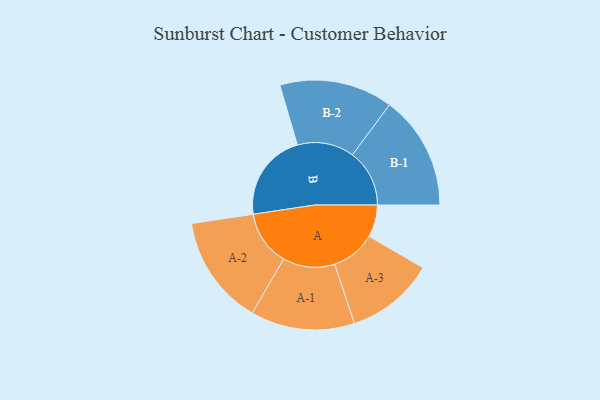
{"axis": {"x": "Segment", "y": "Value"}, "legend": ["", "A", "B"], "data": [{"x": "A", "y": 162, "type": ""}, {"x": "B", "y": 442, "type": ""}, {"x": "A-1", "y": 261, "type": "A"}, {"x": "A-2", "y": 276, "type": "A"}, {"x": "A-3", "y": 223, "type": "A"}, {"x": "B-1", "y": 287, "type": "B"}, {"x": "B-2", "y": 285, "type": "B"}]}